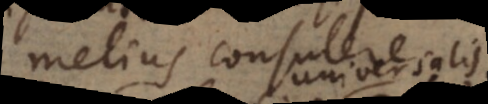
melius consulere